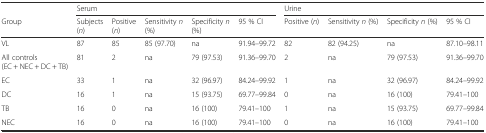
<table><thead><tr><td></td><td colspan="5"><b>Serum</b></td><td colspan="4"><b>Urine</b></td></tr><tr><td><b>Group</b></td><td><b>Subjects (<i>n</i>)</b></td><td><b>Positive (<i>n</i>)</b></td><td><b>Sensitivity <i>n</i> (%)</b></td><td><b>Specificity <i>n</i> (%)</b></td><td><b>95 % CI</b></td><td><b>Positive (<i>n</i>)</b></td><td><b>Sensitivity <i>n</i> (%)</b></td><td><b>Specificity <i>n</i> (%)</b></td><td><b>95 % CI</b></td></tr></thead><tbody><tr><td>VL</td><td>87</td><td>85</td><td>85 (97.70)</td><td>na</td><td>91.94–99.72</td><td>82</td><td>82 (94.25)</td><td>na</td><td>87.10–98.11</td></tr><tr><td>All controls (EC + NEC + DC + TB)</td><td>81</td><td>2</td><td>na</td><td>79 (97.53)</td><td>91.36–99.70</td><td>2</td><td>na</td><td>79 (97.53)</td><td>91.36–99.70</td></tr><tr><td>EC</td><td>33</td><td>1</td><td>na</td><td>32 (96.97)</td><td>84.24–99.92</td><td>1</td><td>na</td><td>32 (96.97)</td><td>84.24–99.92</td></tr><tr><td>DC</td><td>16</td><td>1</td><td>na</td><td>15 (93.75)</td><td>69.77–99.84</td><td>0</td><td>na</td><td>16 (100)</td><td>79.41–100</td></tr><tr><td>TB</td><td>16</td><td>0</td><td>na</td><td>16 (100)</td><td>79.41–100</td><td>1</td><td>na</td><td>15 (93.75)</td><td>69.77–99.84</td></tr><tr><td>NEC</td><td>16</td><td>0</td><td>na</td><td>16 (100)</td><td>79.41–100</td><td>0</td><td>na</td><td>16 (100)</td><td>79.41–100</td></tr></tbody></table>